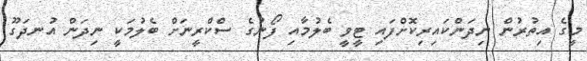
މީގެ އިތުރުން ނިދަންކައިރިކޮށްފައި ޓީވީ ބެލުމާއި ފޯނުގެ ސްކްރީނަށް ބެލުމަކީ ނިދަން އުނދަގޫ